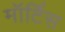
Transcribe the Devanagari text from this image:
मॉर्टिस